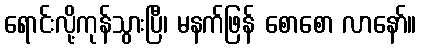
ရောင်းလို့ကုန်သွားပြီ၊ မနက်ဖြန် စောစော လာနော်။